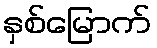
နှစ်မြောက်